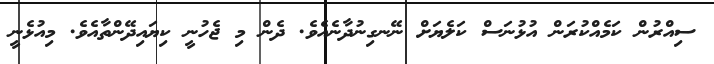
ސިއްރުން ކަމެއްކުރަން އުޅުނަސް ކަލެޔަށް ނޭނގިނުދާނެއެވެ. ދެން މި ޖެހުނީ ކިޔައިދޭންތާއެވެ. މިއުޅެނީ